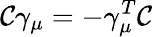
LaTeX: \mathcal{C}\gamma_{\mu}=-\gamma_{\mu}^{T}\mathcal{C}